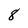
Character: 8